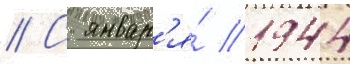
// С январ'я́ 1944